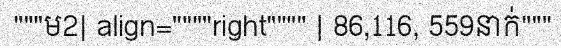
"""ម2| align=""""right"""" | 86,116, 559នាក់"""